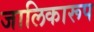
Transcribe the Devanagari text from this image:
जालिकारूप